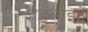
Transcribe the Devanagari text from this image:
हेडलाइटें